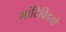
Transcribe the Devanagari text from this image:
मांटिविडयो